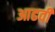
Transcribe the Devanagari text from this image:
आढवी